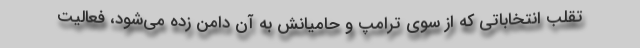
تقلب انتخاباتی که از سوی ترامپ و حامیانش به آن دامن زده می‌شود، فعالیت